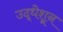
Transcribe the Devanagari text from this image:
उद्धेशून